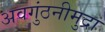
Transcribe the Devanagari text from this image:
अवगुंठनीमुद्रा